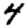
Digit: 4